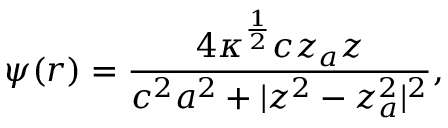
\psi ( r ) = { \frac { 4 \kappa ^ { { \frac { 1 } { 2 } } } c z _ { a } z } { c ^ { 2 } a ^ { 2 } + | z ^ { 2 } - z _ { a } ^ { 2 } | ^ { 2 } } } ,